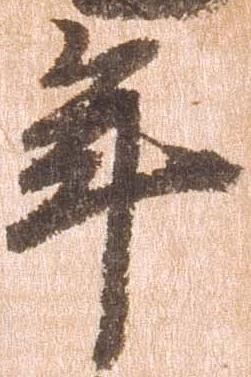
年